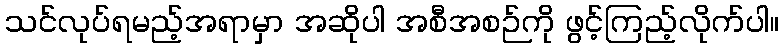
သင်လုပ်ရမည့်အရာမှာ အဆိုပါ အစီအစဉ်ကို ဖွင့်ကြည့်လိုက်ပါ။